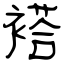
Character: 褡